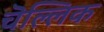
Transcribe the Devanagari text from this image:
चॆल्लिक